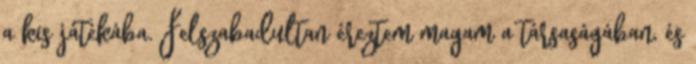
a kis játékába. Felszabadultan éreztem magam a társaságában, és